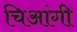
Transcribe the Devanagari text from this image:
चिआंगी